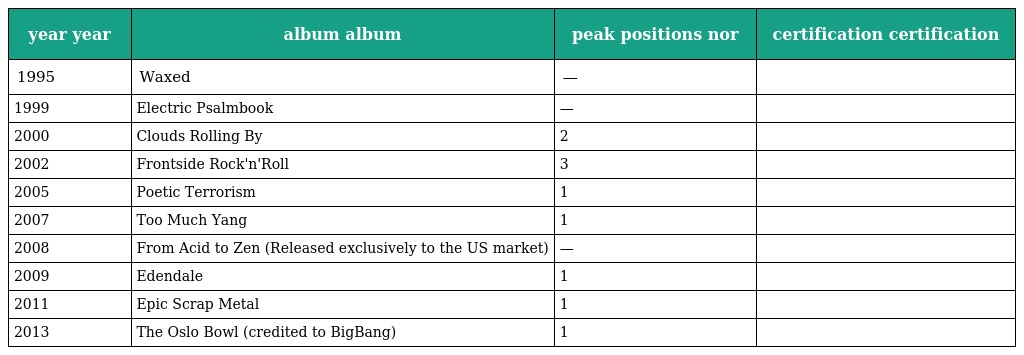
| year year | album album | peak positions nor | certification certification |
 | --- | --- | --- | --- |
 | 1995 | Waxed | — |  |
 | 1999 | Electric Psalmbook | — |  |
 | 2000 | Clouds Rolling By | 2 |  |
 | 2002 | Frontside Rock'n'Roll | 3 |  |
 | 2005 | Poetic Terrorism | 1 |  |
 | 2007 | Too Much Yang | 1 |  |
 | 2008 | From Acid to Zen (Released exclusively to the US market) | — |  |
 | 2009 | Edendale | 1 |  |
 | 2011 | Epic Scrap Metal | 1 |  |
 | 2013 | The Oslo Bowl (credited to BigBang) | 1 |  |